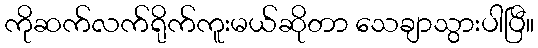
ကိုဆက်လက်ရိုက်ကူးမယ်ဆိုတာ သေချာသွားပါပြီ။